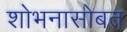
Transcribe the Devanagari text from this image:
शोभनासोबत